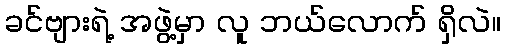
ခင်ဗျားရဲ့ အဖွဲ့မှာ လူ ဘယ်လောက် ရှိလဲ။